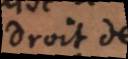
droit de